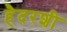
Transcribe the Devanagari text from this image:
हैदरशी